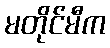
မတိုင်မီက